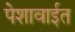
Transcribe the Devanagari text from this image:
पेशावाईत